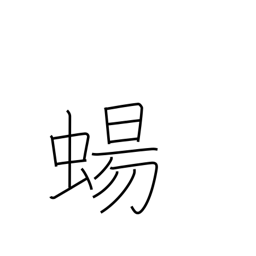
Meaning: lizard